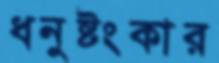
ধনুষ্টংকার